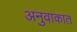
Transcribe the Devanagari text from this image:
अनुवाकात